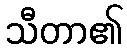
သီတာ၏